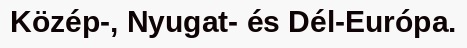
Közép-, Nyugat- és Dél-Európa.